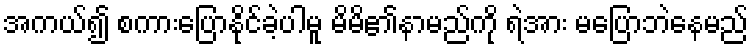
အကယ်၍ စကားပြောနိုင်ခဲ့ပါမူ မိမိ၏နာမည်ကို ရဲအား မပြောဘဲနေမည်